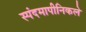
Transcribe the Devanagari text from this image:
स्पंदमापीनिकले